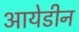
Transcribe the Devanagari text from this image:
आयेडीन